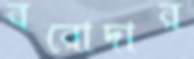
বরোদার